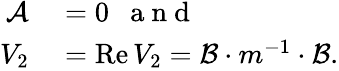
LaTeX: \begin{array}{rl}{{\mathcal{A}}}&{{}=0{}\mathrm{~\ \ a~n~d~}}\\ {V_{2}}&{{}=\operatorname{Re}V_{2}=\mathcal{B}\cdot m^{-1}\cdot\mathcal{B}.}\end{array}